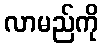
လာမည်ကို